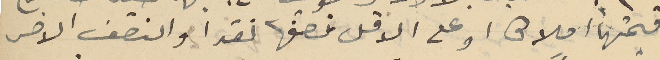
قيمتهماً أملاكا او على الاقل نصفها نقدا والنصف الاخر